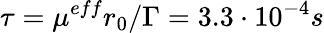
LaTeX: \tau=\mu^{eff}r_{0}/\Gamma=3.3\cdot 10^{-4}s